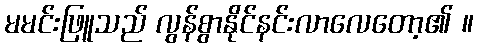
မမင်းဖြူသည် လွန်စွာနိုင်နင်းလာလေတော့၏ ။